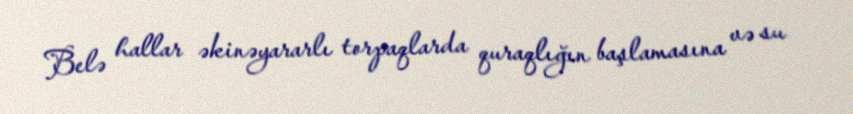
Belə hallar əkinəyararlı torpaqlarda quraqlığın başlamasına və su